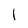
Character: I